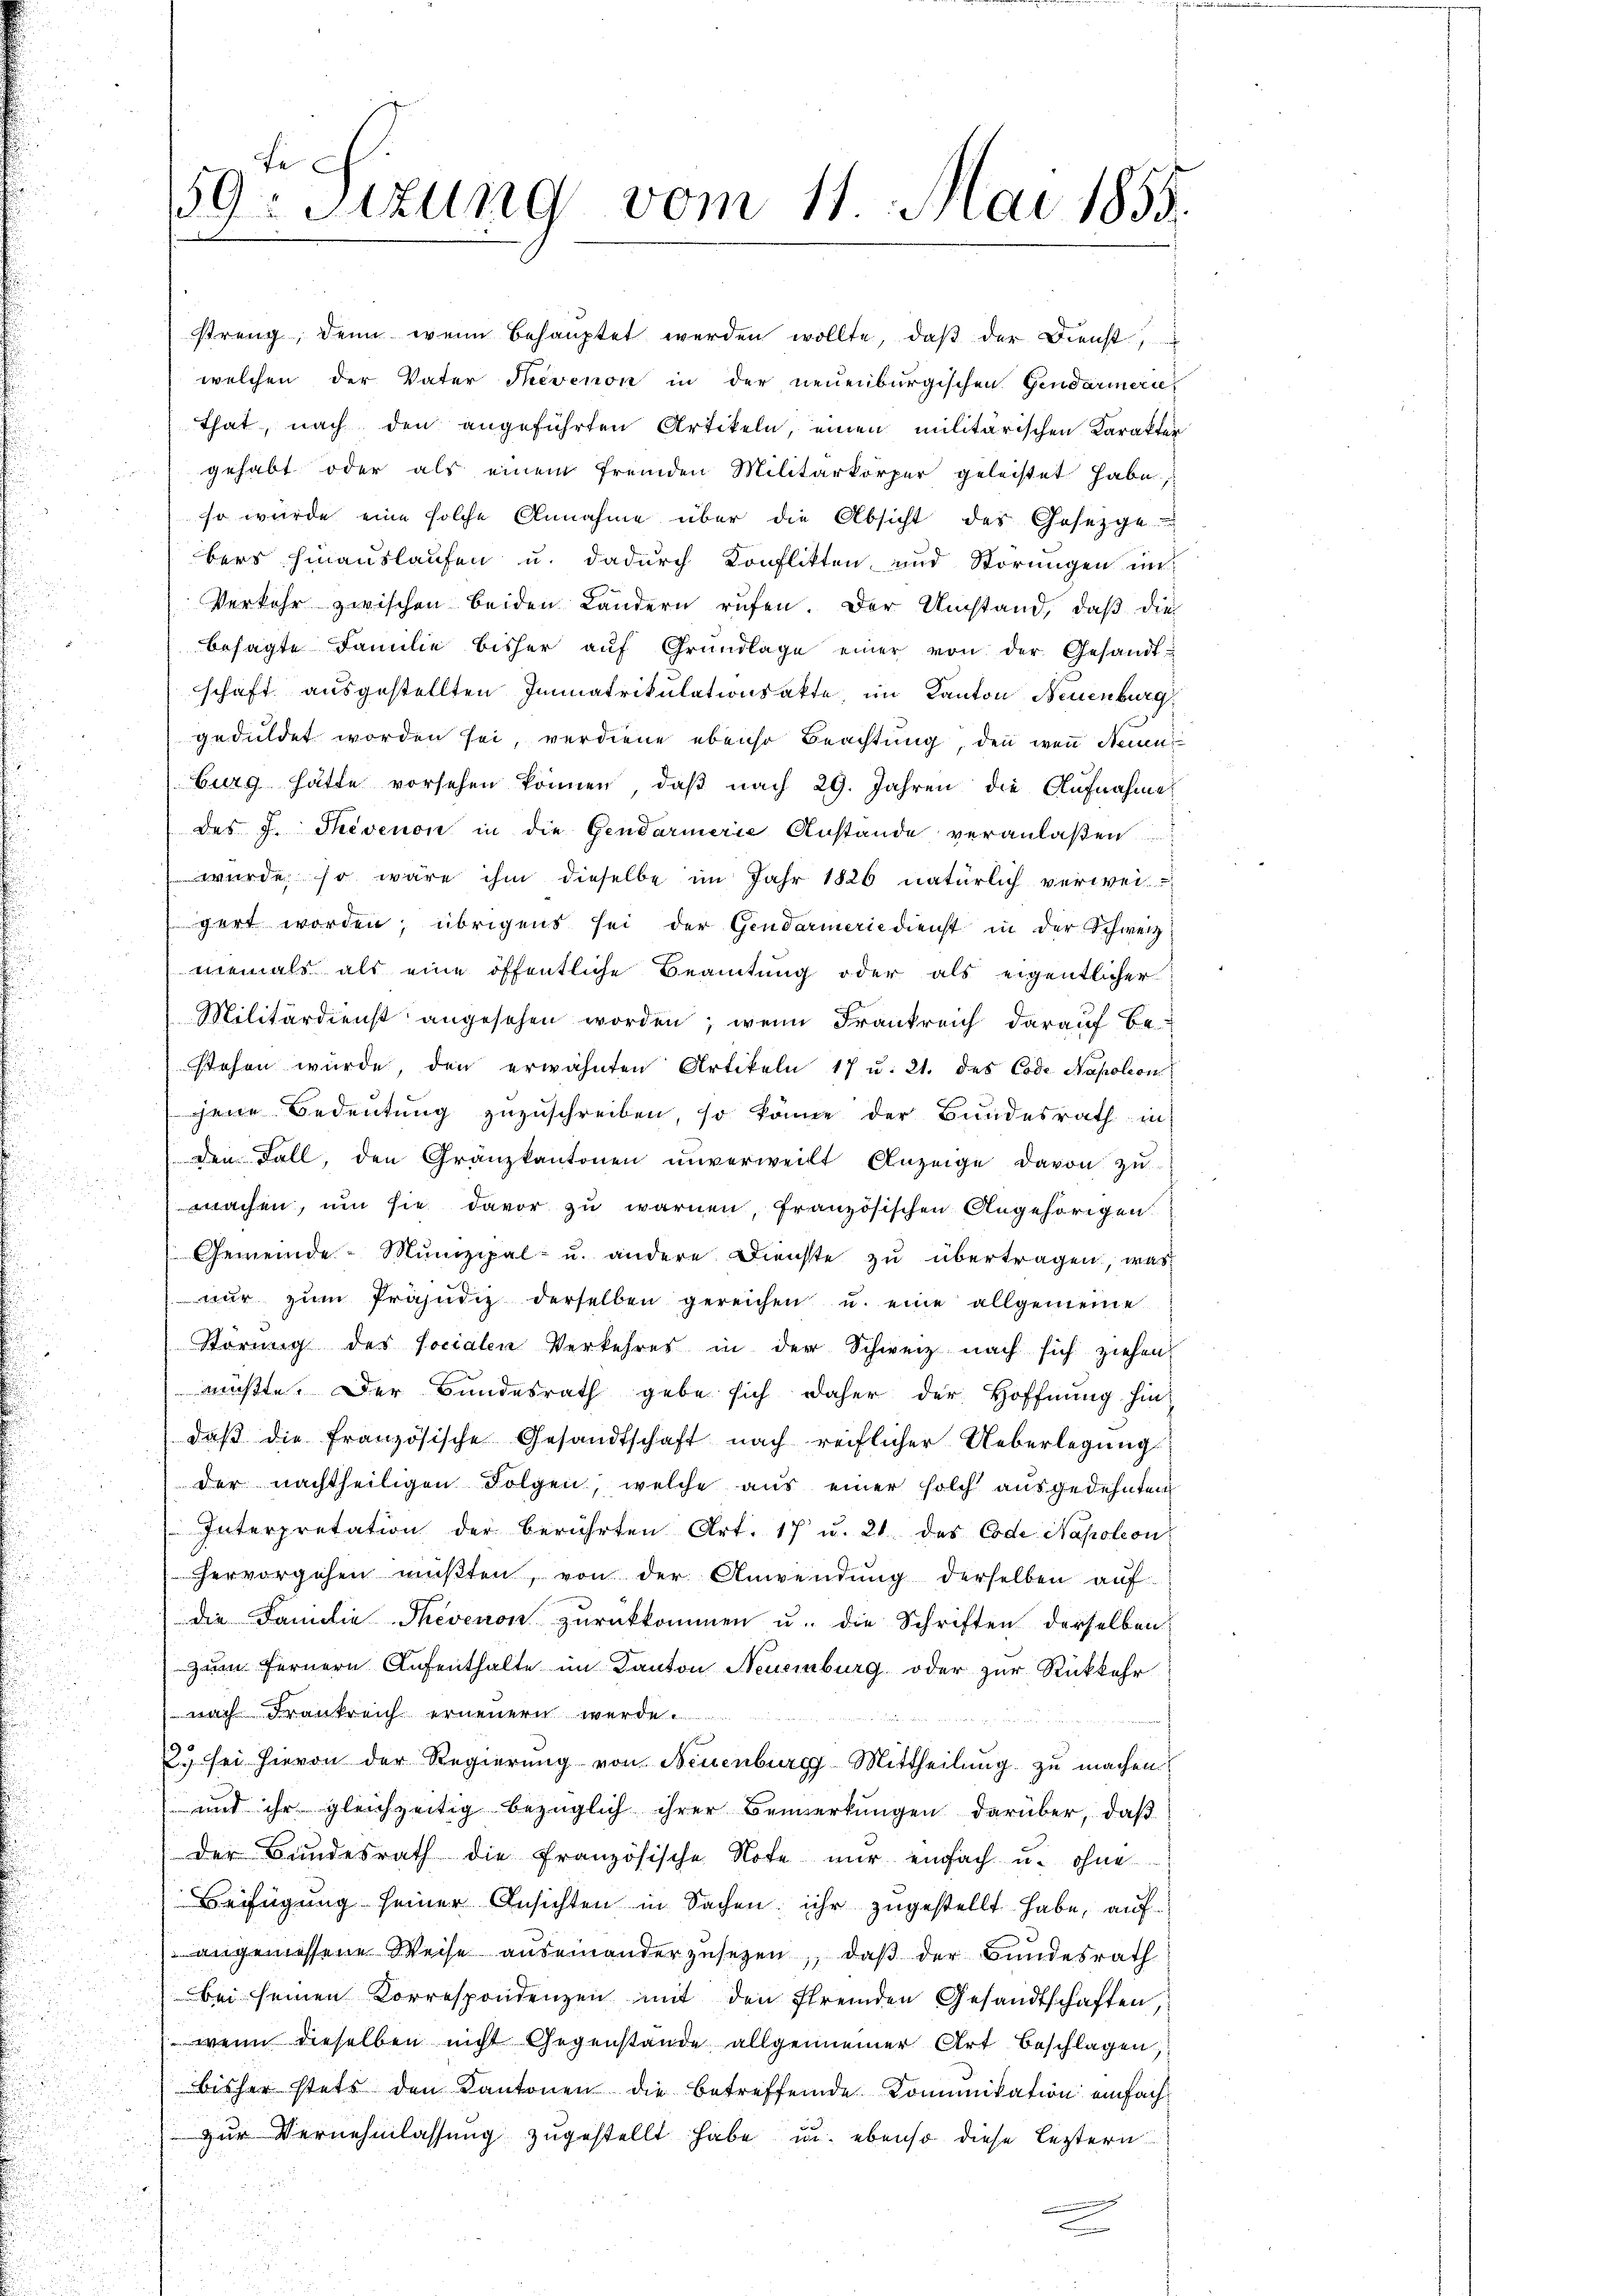
.

fe
59. Sitzung vom 11. Juni 1855.

streng, denn wenn behauptet werden wollte, daβ der Dienst,
welchen der Vater Trevenon in der neuenburgischen Gendarmerie-
that, nach den angeführten Artikeln, einen militärischen Karakter
gehabt oder als einem fremden Militärkörper geleistet habe,
so würde eine solche Annahme über die Absicht des Gesetzge
bers hinauslaufen u. dadurch Konflikten und Störungen in
Verkehr zwischen beiden Ländern rufen. Der Umstand, daß die
besagte Familie bisher aŭf Grŭndlage einer von der Gesandt-
schaft ausgestellten Immatrikulationsakte, im Kanton Neuenburg
geduldet worden sei, verdiene ebenso Beachtung, den wenn Neuen
burg hätte vorsehen können, daß nach 29. Jahren die Aufnahme
des J. Thevenon in die Gendarmerie Anstande veranlaßen
wurde, so wäre ihm dieselbe im Jahr 1826 natürlich verweigart worden; übrigens sei der Gendarmerie dienst in der Schweiz
niemals als eine öffentliche Beamtung oder als eigentlicher
Militärdienst angesehen worden; wenn Frankreich darauf bestehen würde den erwähnten Artikeln 17 u. 21. des Code Napoleon
jene Bedeutung zuzuschreiben, so könne der Bundesrath in
den Fall, den Granzkantonen unverweilt Anzeige davon zu
wachen, um sie davor zu warnen, französischen Angehörigen
Gemeinde - Munizipal u. andere Dienste zu übertragen, was
nŭr zŭm Präjudiz derselben gereichen u. eine allgemeine
Störung des socialen Verkehres in der Schweiz nach sich ziehen
müßte. Der Bundesrath gebe sich daher der Hoffnung hin
daβ die französische Gesandtschaft nach reiflicher Ueberlegŭng
der nachtheiligen Folgen, welche aus einer solch ausgedehnten
Interpretation der berührten Art. 17 u. 21 des Code Napoleon
ervorgehen mußten, von der Anwendung derselben auf
die Familie Thevenon zurückkommen u. die Schriften derselben
zum Fernern Aufenthalte im Kanton Neuenburg oder zur Rückkehr
nach Frankreich erneuern werde.
2. sei hievon der Regierung von Neuenburg Mittheilung zu machen
und ihr gleichzeitig bezüglich ihrer Bemerkungen darüber, daß
der Bundesrath die Französische Note nur einfach u. ohne
Beifügung seiner Ansichten in Sachen, ihr zugestellt habe, auf
angemessene Weise auseinanderzusetzen, daß der Bundesrath
bei seinen Korrespondenzen mit den fremden Gesandtschaften,
 wenn dieselben nicht Gegenstande allgemeiner Art beschlagen,
isher stets den Kantonen die betreffende Komunikation einfachzur Vernehmlassung zugestellt habe u. ebenso diese leztern